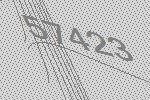
57423